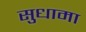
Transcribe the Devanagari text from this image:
सुधामा